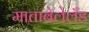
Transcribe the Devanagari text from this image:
माताबेलेलँड